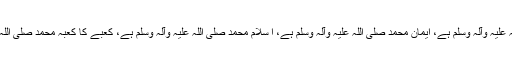
قرآن محمد صلی اللہ علیہ وآلہ وسلم ہے، ایمان محمد صلی اللہ علیہ وآلہ وسلم ہے، ا سلام محمد صلی اللہ علیہ وآلہ وسلم ہے، کعبے کا کعبہ محمد صلی اللہ علیہ وآلہ وسلم ہے۔